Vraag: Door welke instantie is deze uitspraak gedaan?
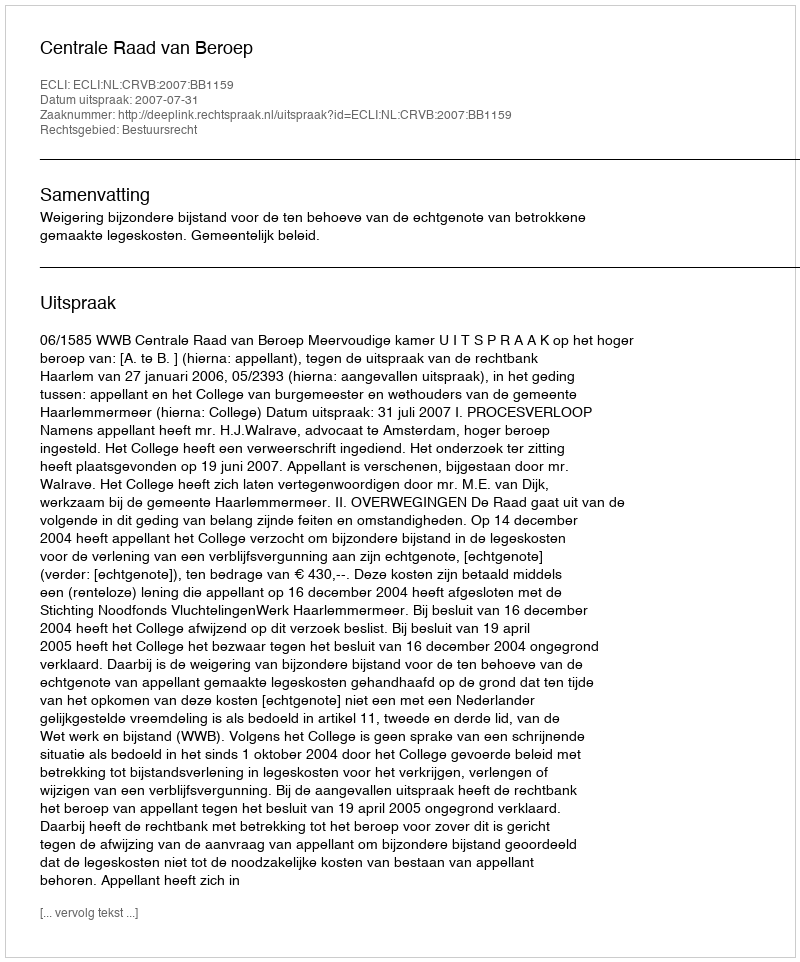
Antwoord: Centrale Raad van Beroep